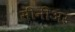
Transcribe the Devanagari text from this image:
सीनीअर